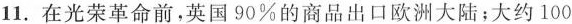
11.在光荣革命前，英国90%的商品出口欧洲大陆；大约100